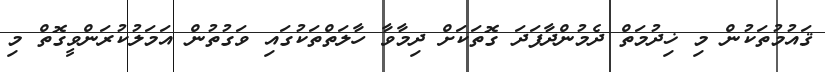
ޤައުމުތަކުން މި ޚިދުމަތް ދެމުންދާފަދަ ގޮތަކަށް ދިމާވާ ހާލަތްތަކުގައި ވަގުތުން އަމަލުކުރަންވީގޮތް މި